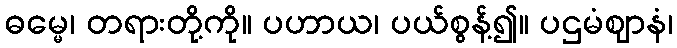
ဓမ္မေ၊ တရားတို့ကို။ ပဟာယ၊ ပယ်စွန့်၍။ ပဌမံဈာနံ၊